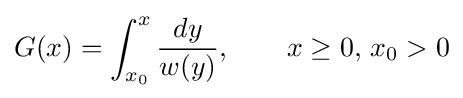
G(x)=\int _{x_{0}}^{x}{\frac {dy}{w(y)}},\qquad x\geq 0,\,x_{0}>0